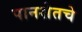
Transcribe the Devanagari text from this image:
पानशेतचे